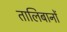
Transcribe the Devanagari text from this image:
तालिबानों